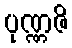
ပုဏ္ဏဇိ